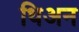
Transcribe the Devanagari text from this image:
थिअन